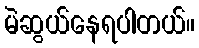
မဲဆွယ်နေရပါတယ်။